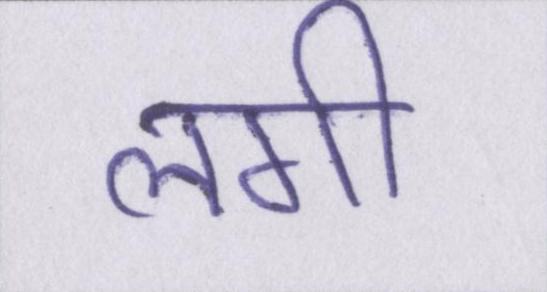
लगी